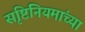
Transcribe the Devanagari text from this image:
सृष्टिनियमांच्या